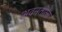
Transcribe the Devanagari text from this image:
अवनतीला